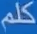
كلم